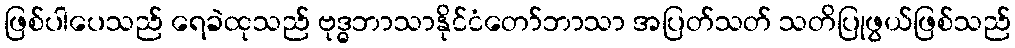
ဖြစ်ပါပေသည် ရေခဲထုသည် ဗုဒ္ဓဘာသာနိုင်ငံတော်ဘာသာ အပြတ်သတ် သတိပြုဖွယ်ဖြစ်သည်